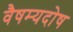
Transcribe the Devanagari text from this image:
वैषम्यदोष